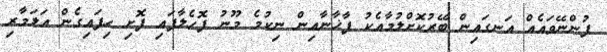
ފުންނޭވައެއް އަނގައިން ބޭރުކޮށްލުމާއެކު ފާޚާނާއިން ނިކުމެ މޫނު ފޮހެލާފައި ފޮށި ހިފައިގެން އަލަމާރި